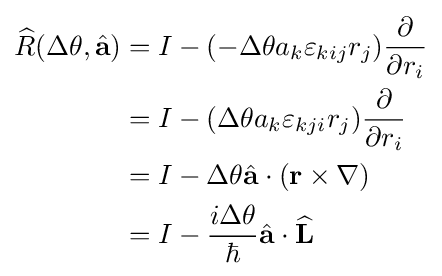
{\begin{aligned}{\widehat {R}}(\Delta \theta ,{\hat {\mathbf {a} }})&=I-(-\Delta \theta a_{k}\varepsilon _{kij}r_{j}){\frac {\partial }{\partial r_{i}}}\\&=I-(\Delta \theta a_{k}\varepsilon _{kji}r_{j}){\frac {\partial }{\partial r_{i}}}\\&=I-\Delta \theta {\hat {\mathbf {a} }}\cdot (\mathbf {r} \times \nabla )\\&=I-{\frac {i\Delta \theta }{\hbar }}{\hat {\mathbf {a} }}\cdot {\widehat {\mathbf {L} }}\\\end{aligned}}